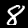
Label: 8